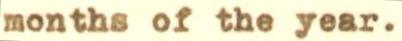
months of the year.